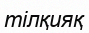
тілқияқ